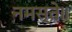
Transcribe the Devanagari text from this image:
नमस्ते॥